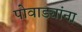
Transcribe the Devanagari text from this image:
पोवाड्यांना